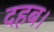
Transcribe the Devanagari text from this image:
दहब।